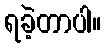
ရခဲ့တာပါ။